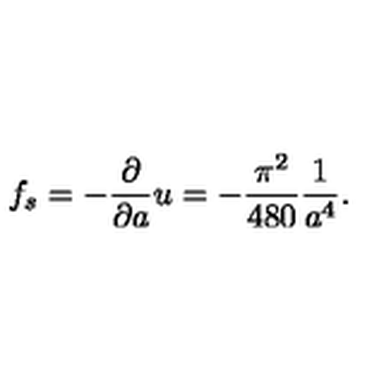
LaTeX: f _ { s } = - { \frac { \partial } { \partial a } } u = - { \frac { \pi ^ { 2 } } { 4 8 0 } } { \frac { 1 } { a ^ { 4 } } } .